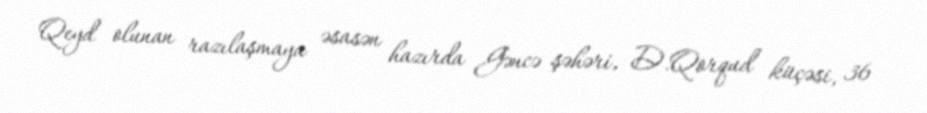
Qeyd olunan razılaşmaya əsasən hazırda Gəncə şəhəri, D.Qorqud küçəsi, 36